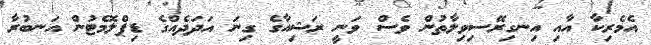
އެމެރިކާ އާއި އިނގިރޭސިވިލާތުން ވެސް ވަނީ ރަޝިއާގެ ގިނަ އަދަދެއްގެ ޑިޕްލޮމެޓުން އަނބުރާ